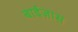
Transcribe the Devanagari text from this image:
बाईज़ास